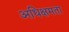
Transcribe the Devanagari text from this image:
अधिक्षमता